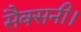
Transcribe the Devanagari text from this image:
सैक्सनी।